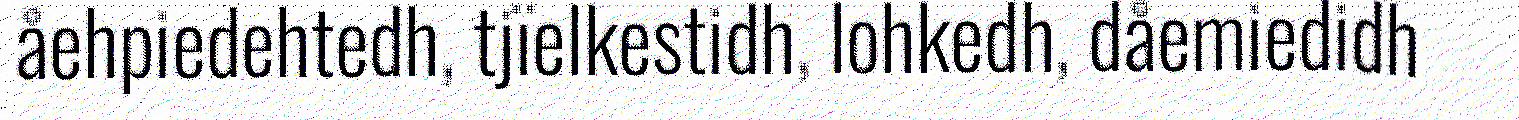
åehpiedehtedh, tjïelkestidh, lohkedh, dåemiedidh